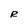
Character: R